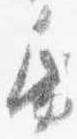
紙